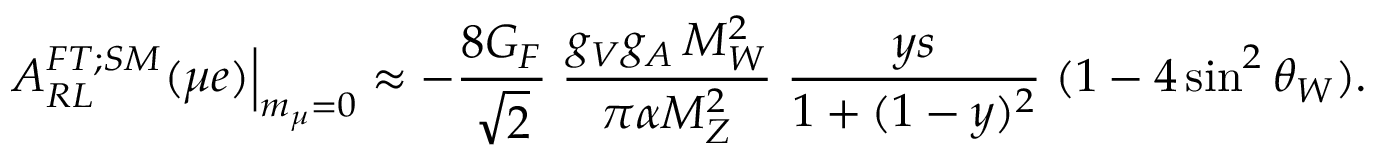
\left. A _ { R L } ^ { F T ; S M } ( \mu e ) \right\vert _ { m _ { \mu } = 0 } \approx - \frac { 8 G _ { F } } { \sqrt { 2 } } \; \frac { g _ { V } g _ { A } \, M _ { W } ^ { 2 } } { \pi \alpha M _ { Z } ^ { 2 } } \; \frac { y s } { 1 + ( 1 - y ) ^ { 2 } } \; ( 1 - 4 \sin ^ { 2 } \theta _ { W } ) .